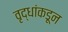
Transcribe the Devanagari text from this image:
वृद्धांकडून